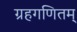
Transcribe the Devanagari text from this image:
ग्रहगणितम्